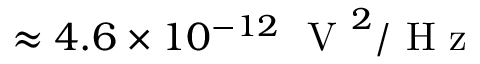
\approx 4 . 6 \times 1 0 ^ { - 1 2 } ~ \mathrm { ~ V ~ } ^ { 2 } / \mathrm { ~ H ~ z ~ }